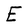
Character: E